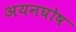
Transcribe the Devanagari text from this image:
अयनघोष